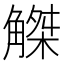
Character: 𧤠